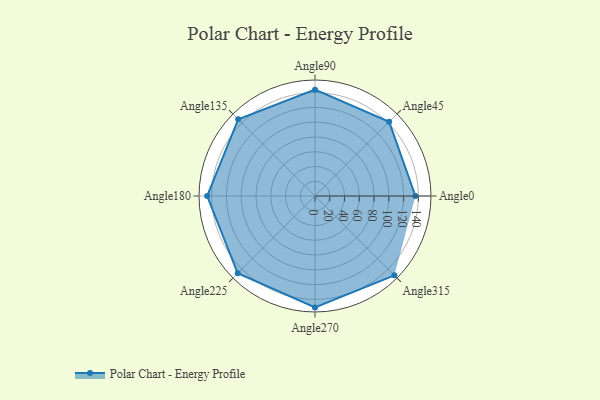
{"axis": {"x": "Angle", "y": "Radius"}, "legend": [""], "data": [{"x": "Angle0", "y": 136.0, "type": ""}, {"x": "Angle45", "y": 142.0, "type": ""}, {"x": "Angle90", "y": 144.0, "type": ""}, {"x": "Angle135", "y": 147.0, "type": ""}, {"x": "Angle180", "y": 146.0, "type": ""}, {"x": "Angle225", "y": 148.0, "type": ""}, {"x": "Angle270", "y": 151.0, "type": ""}, {"x": "Angle315", "y": 152.0, "type": ""}]}